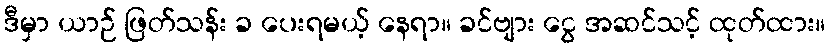
ဒီမှာ ယာဉ် ဖြတ်သန်း ခ ပေးရမယ့် နေရာ။ ခင်ဗျား ငွေ အဆင်သင့် ထုတ်ထား။